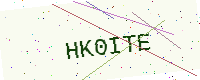
Text: HK0ITE